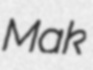
Mak